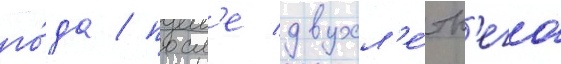
го́да / посл'е двухл'е́тн'его